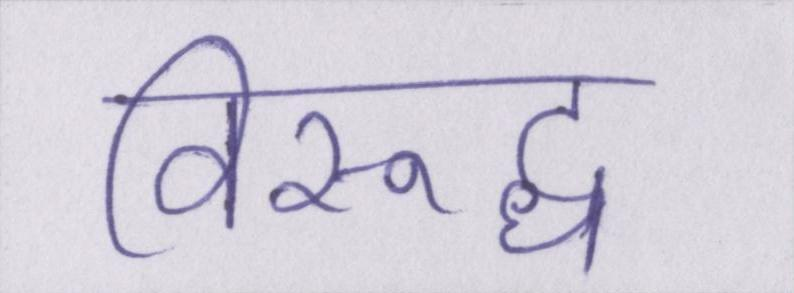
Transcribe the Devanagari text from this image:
विरूद्ध